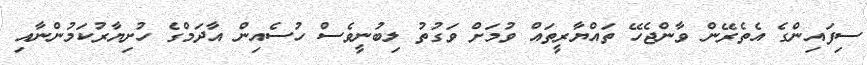
ސިފައިންގެ އެތެރޭން ވާންޖެހޭ ތައްޔާރީތައް ވުމަށް ވަގުތު ލިބުނީވެސް ހުސެއިން އާދަމްގެ ހުށިޔާރުކަމުންނާއި